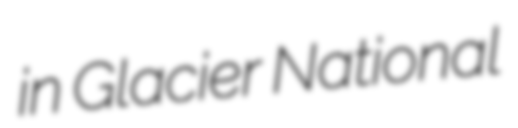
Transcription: in Glacier National